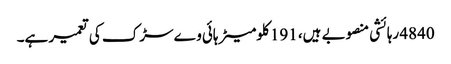
4840 رہائشی منصوبے ہیں، 191 کلومیٹر ہائی وے سڑک کی تعمیر ہے۔